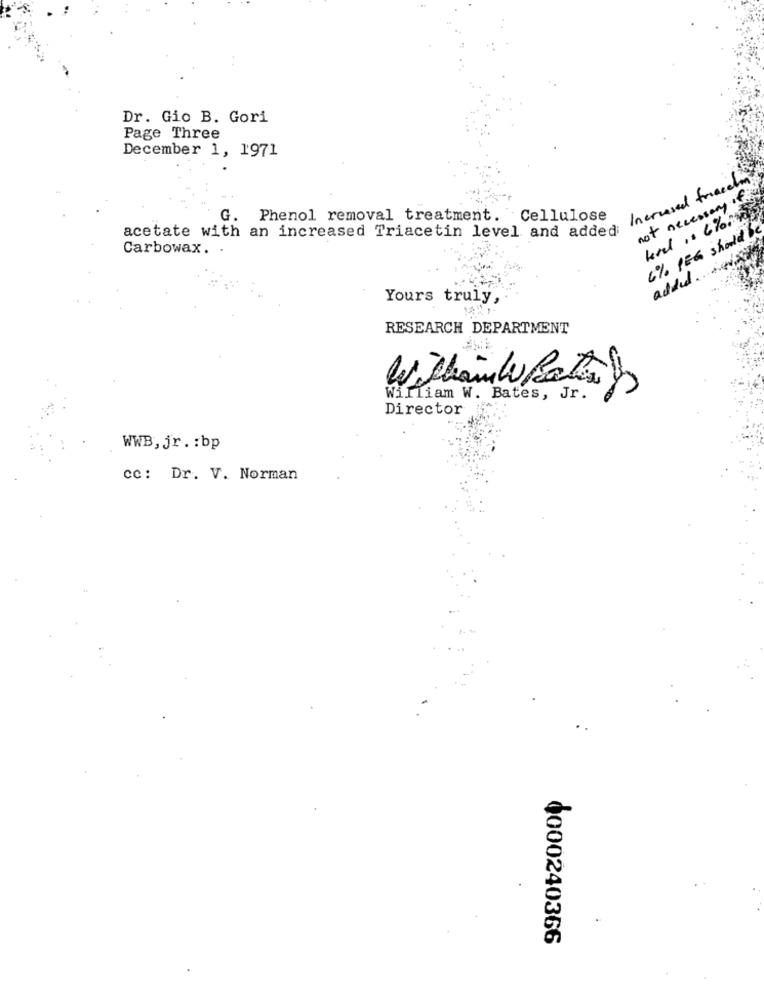
Dr. Gio B. Gori
Page Three
December 1, 1971
Increased friacen
not necessary of
G. Phenol removal treatment. Cellulose
6% PEG should b
acetate with an increased Triacetin level and added
Carbowax. .
added.
Yours truly,
RESEARCH DEPARTMENT
William W. Bates, Jr.
Director
WWB, jr. : bp
cc: Dr. V. Norman
0000240366